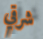
شرقي